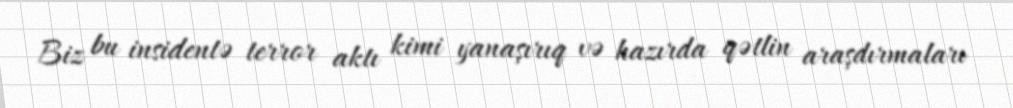
Biz bu insidentə terror aktı kimi yanaşırıq və hazırda qətlin araşdırmaları